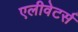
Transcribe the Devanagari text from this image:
एलीवेटर्स